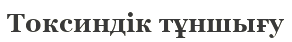
Токсиндік тұншығу